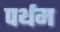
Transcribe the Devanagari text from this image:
पर्थम